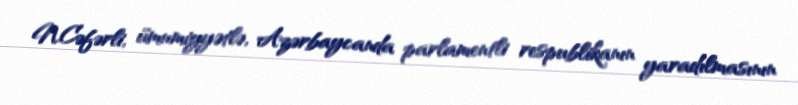
N.Cəfərli, ümumiyyətlə, Azərbaycanda parlamentli respublikanın yaradılmasının